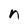
Character: n